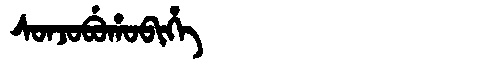
Manchu: ᠰᠣᠨᠵᠣᠪᡠᡥᠣᠪᡳᡥᡝ
Romanization: SONJOBUHOBIHE